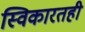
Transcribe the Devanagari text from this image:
स्विकारतही